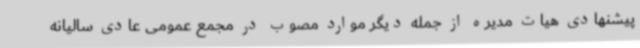
پیشنهادی هیات مدیره از جمله دیگر موارد مصوب در مجمع عمومی عادی سالیانه